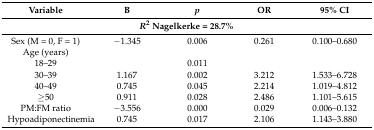
<table><thead><tr><td><b>Variable</b></td><td><b>B</b></td><td><b><i>p</i></b></td><td><b>OR</b></td><td><b>95% CI</b></td></tr><tr><td colspan="5"><b><i>R</i><sup>2</sup> Nagelkerke = 28.7%</b></td></tr></thead><tbody><tr><td>Sex (M = 0, F = 1)</td><td>−1.345</td><td>0.006</td><td>0.261</td><td>0.100–0.680</td></tr><tr><td>Age (years)</td><td></td><td></td><td></td><td></td></tr><tr><td>18–29</td><td></td><td>0.011</td><td></td><td></td></tr><tr><td>30–39</td><td>1.167</td><td>0.002</td><td>3.212</td><td>1.533–6.728</td></tr><tr><td>40–49</td><td>0.745</td><td>0.045</td><td>2.214</td><td>1.019–4.812</td></tr><tr><td>≥50</td><td>0.911</td><td>0.028</td><td>2.486</td><td>1.101–5.615</td></tr><tr><td>PM:FM ratio</td><td>−3.556</td><td>0.000</td><td>0.029</td><td>0.006–0.132</td></tr><tr><td>Hypoadiponectinemia</td><td>0.745</td><td>0.017</td><td>2.106</td><td>1.143–3.880</td></tr></tbody></table>